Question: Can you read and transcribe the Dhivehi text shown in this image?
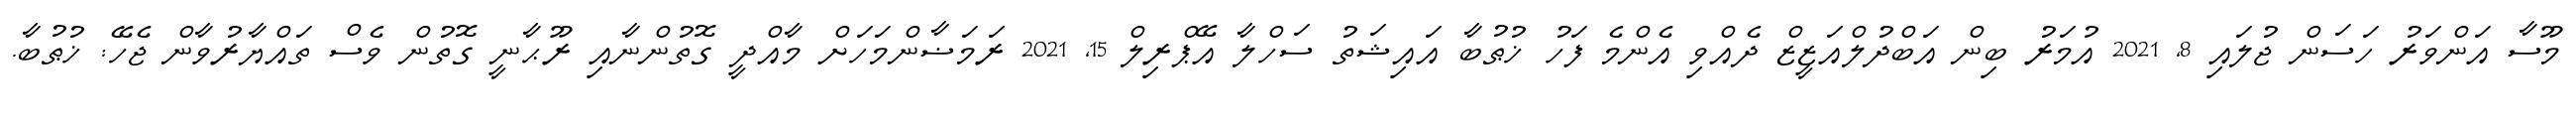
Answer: މޫސާ އަންވަރު ހަސަން ޖުލައި 8, 2021 އުމަރު ބިން އަބްދުލްއަޒީޒް ދެއްވި އެންމެ ފަހު ޚުޠުބާ އައިޝަތު ސަހްލާ އޭޕްރިލް 15, 2021 ރަމަޟާންމަހަށް މާއްދީ ގޮތުންނާއި ރޫޙާނީ ގޮތުން ވެސް ތައްޔާރުވާން ޖެހޭ: ޚުޠުބާ.